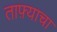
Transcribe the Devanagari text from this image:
ताफ़्याचा